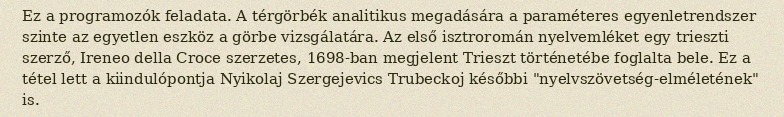
Ez a programozók feladata. A térgörbék analitikus megadására a paraméteres egyenletrendszer szinte az egyetlen eszköz a görbe vizsgálatára. Az első isztroromán nyelvemléket egy trieszti szerző, Ireneo della Croce szerzetes, 1698-ban megjelent Trieszt történetébe foglalta bele. Ez a tétel lett a kiindulópontja Nyikolaj Szergejevics Trubeckoj későbbi "nyelvszövetség-elméletének" is.